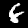
Label: 6